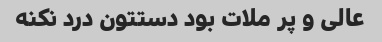
عالی و پر ملات بود دستتون درد نکنه